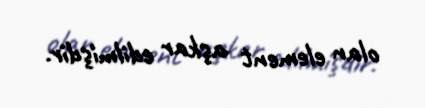
olan element aşkar edilmişdir.